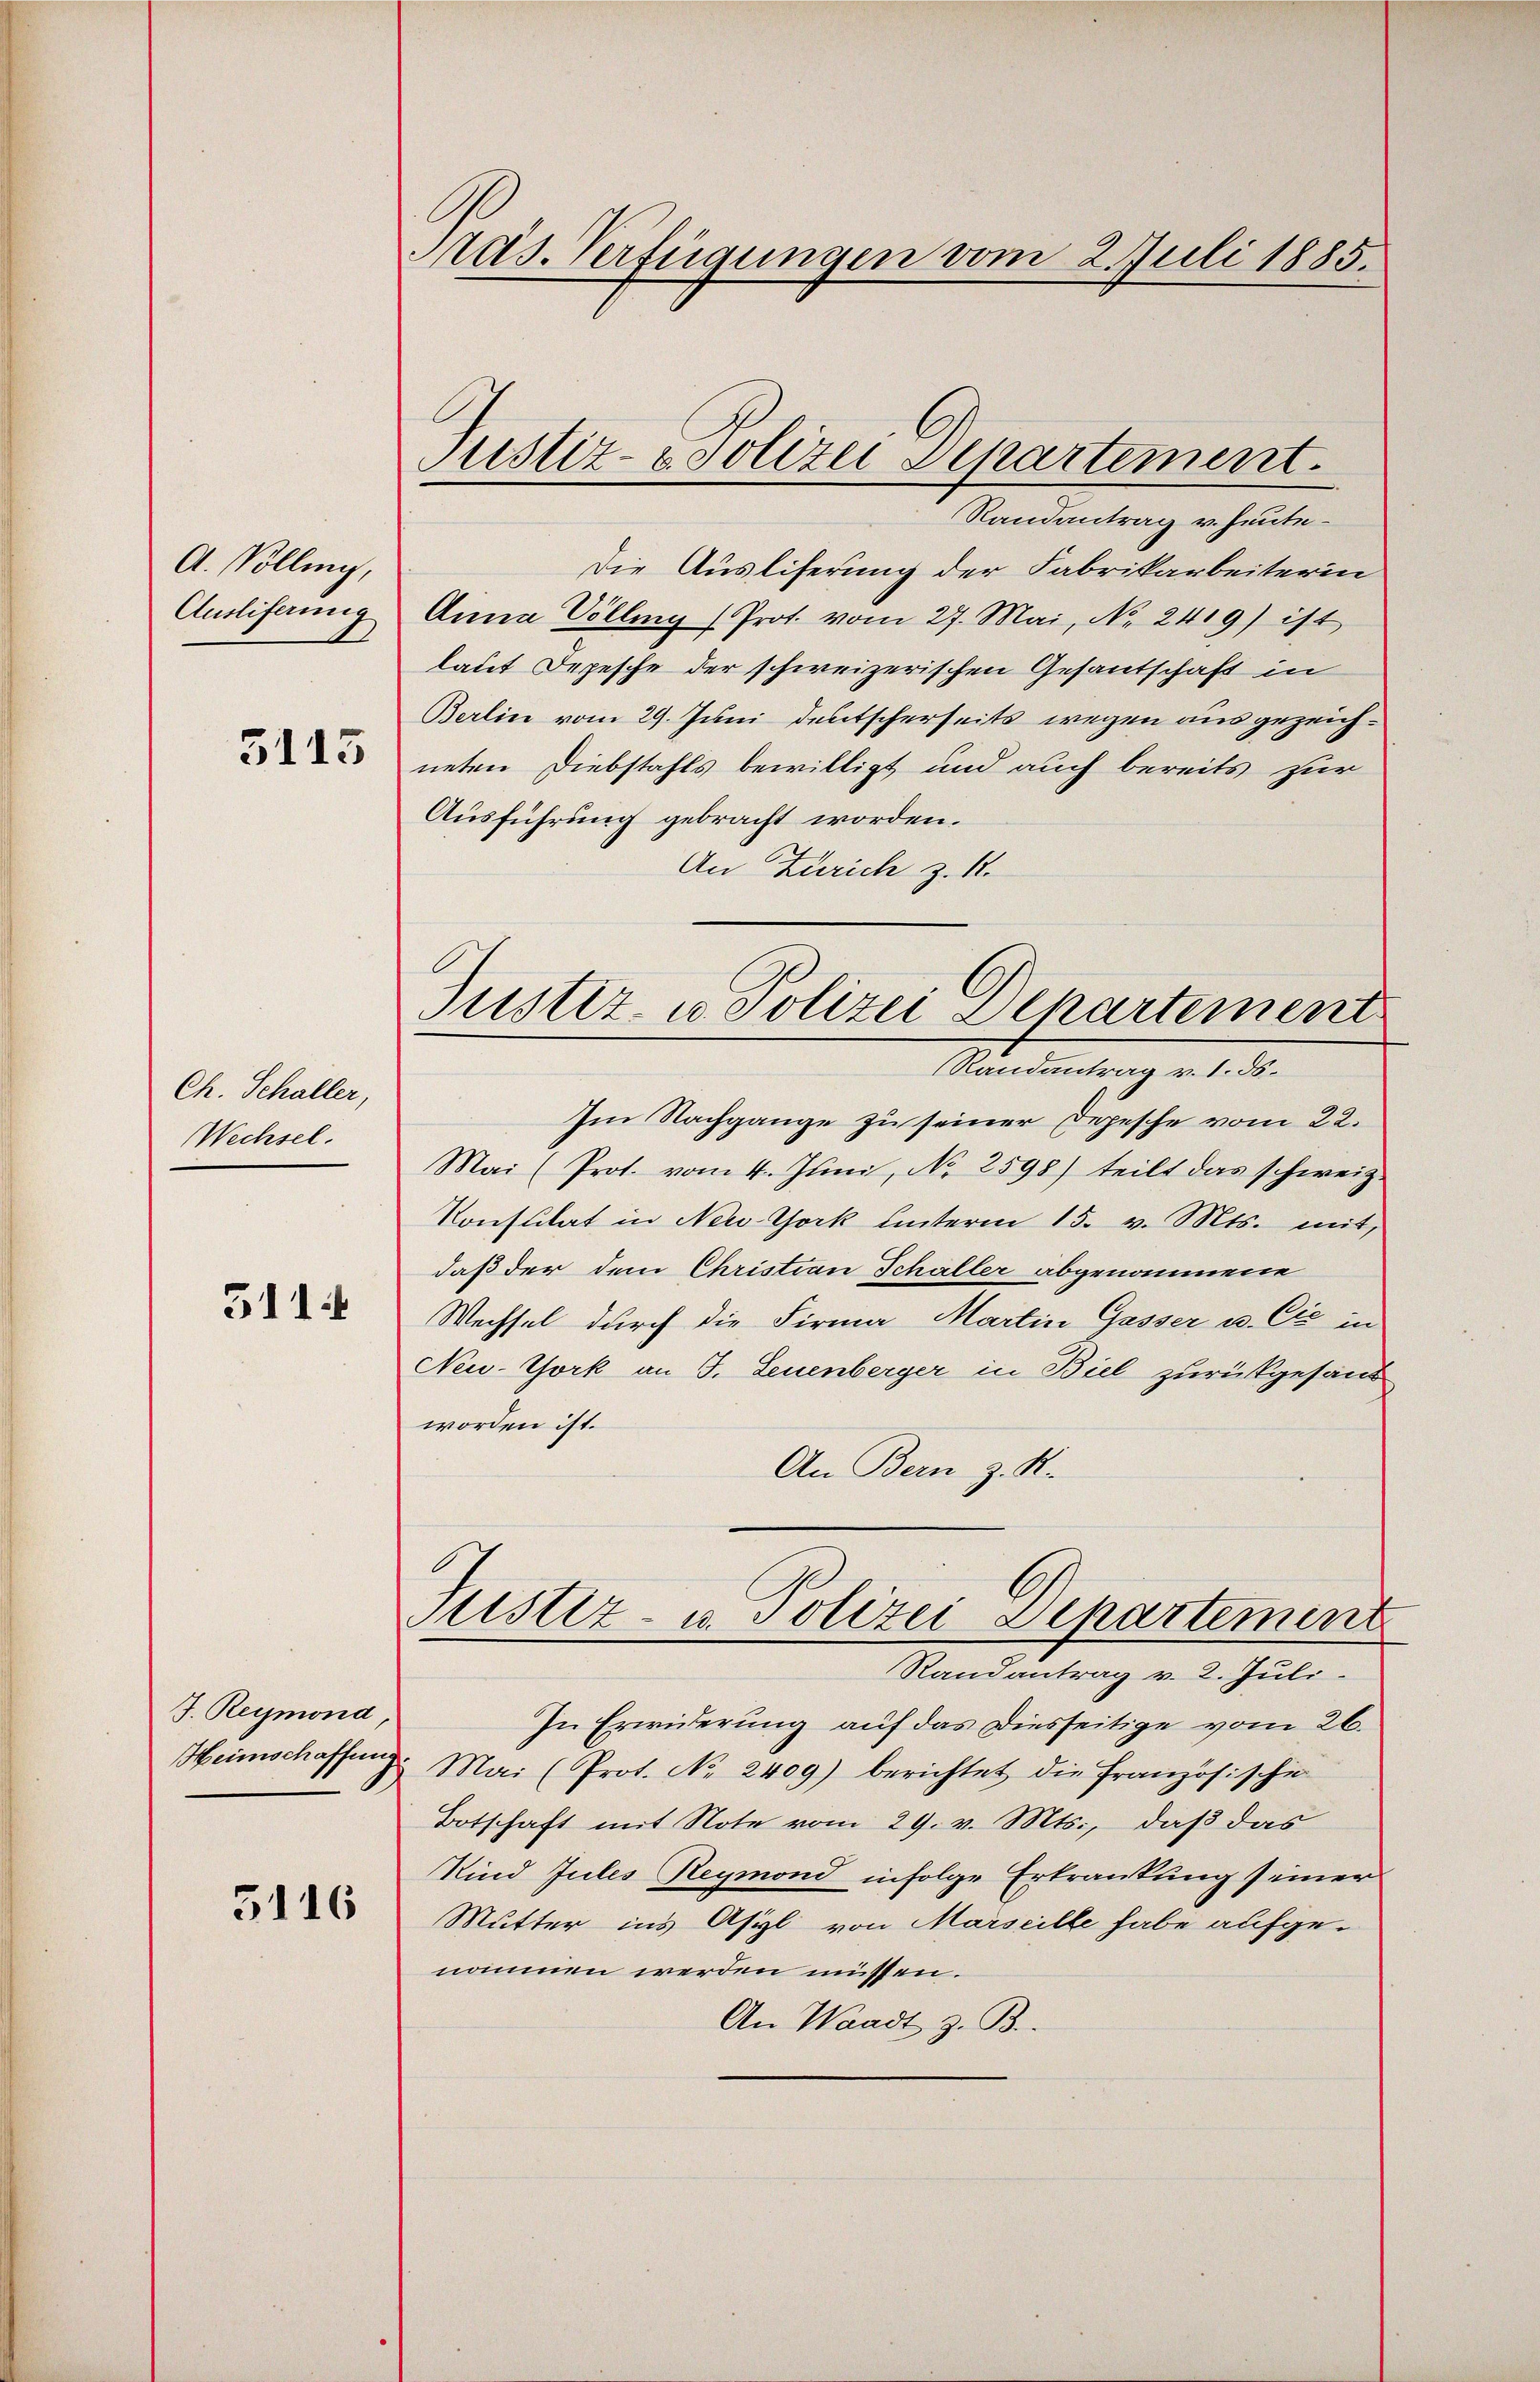
A. Volling,
3

Ch. Schaller,
Wechsel.

5114

J. Reymond,

3116

Präs. Verfügungen vom 2. Juli 1885.

Justiz- & Polizei Departement.

Randantrag v. heute¬
Die Ausliferung der Fabrikarbeiterin
Ausliferung Anna Volling (Prot. vom 27. Mai, No. 2419) ist
laut Depesche der schweizerischen Gesantschaft in
Berlin vom 29. Juni deutscherseits wegen ausgezeichneten Diebstahls bewilligt und auch bereits zur
Ausführung gebracht worden.
An Zürich z. B.
Randantrag v. 1. ds.
Im Nachgange zu seiner Depesche vom 22.
Mai (Prot. vom 4. Juni, No 2598) teilt das schweiz.
Konsulat in New York unterm 15. v. Mts. mit,
daß der dem Christian Schaller abgenommene
Wechsel durch die Firma Martin Gasser u. Cie in
New-York an J. Leuenberger in Biel zurükgesand
worden ist.
An Bern z. K.
Justiz- u. Polizei Departement
Randantrag v. 2. Juli.
In Erwiderung auf das Diesseitige vom 26.
Heimschaffung. Mai (Prot. No. 2409) berichtet die Französische
Botschaft mit Note vom 29. v. Mts., daβ das
Kind Jules Reymond infolge Erkrankung seiner
Mutter ins Asyl von Marseille habe aufge-
nommen werden müssen.
An Waadt z. B.

Justiz- u. Polizei Departement